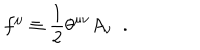
f ^ { \mu } \equiv { \frac { 1 } { 2 } } \theta ^ { \mu \nu } A _ { \nu } ~ ~ .